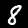
Digit: 8